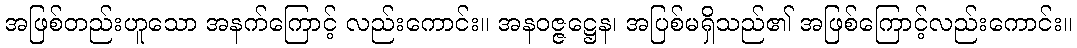
အဖြစ်တည်းဟူသော အနက်ကြောင့် လည်းကောင်း။ အနဝဇ္ဇဋ္ဌေန၊ အပြစ်မရှိသည်၏ အဖြစ်ကြောင့်လည်းကောင်း။